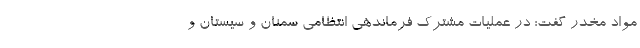
مواد مخدر گفت: در عملیات مشترک فرماندهی انتظامی سمنان و سیستان و